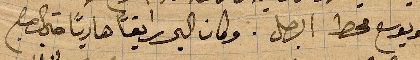
لو يوسع محط الرجل. وكان البحر رايقًا هاديًا حتى الصباح